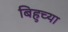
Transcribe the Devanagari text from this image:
बिहुच्या